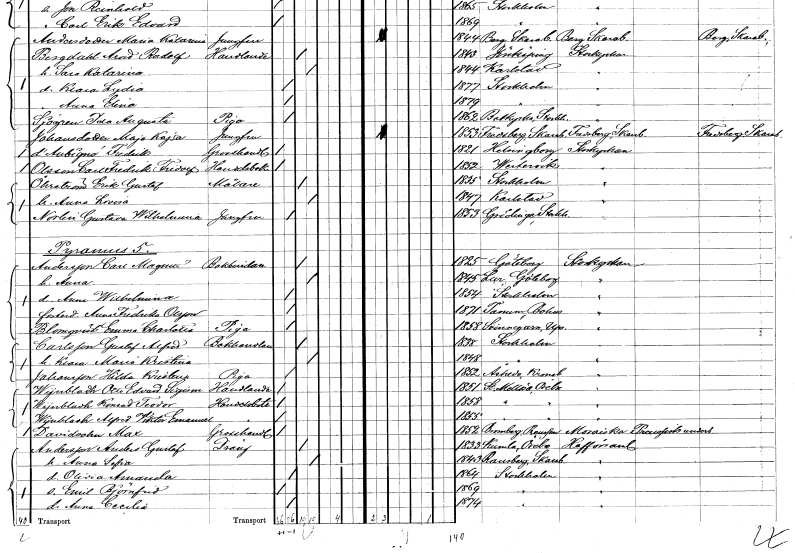
gt_parse: households: individuals: FN: Maja Kajsa
EN: Johansdotter
YRKE: Jungfru
KON: K
CIV: O
FODAR: 1853
FODFORS: Fredsberg Skaraborgs län
FN: Fredrik
EN: d´Aubigne
YRKE: Grosshandlare
KON: M
CIV: O
FODAR: 1821
FODFORS: Helsingborg Malmöhus län
FN: Carl Fredrik Fridolf
EN: Olsson
YRKE: Handelsbokhållare
KON: M
CIV: O
FODAR: 1852
FODFORS: Västervik Kalmar län
FN: Erik Gustaf
EN: Öhrström
YRKE: Målare
KON: M
CIV: G
FODAR: 1835
FODFORS: Stockholm
FN: Anna Lovisa
KON: K
CIV: G
FODAR: 1847
FODFORS: Karlstad Värmlands län
FN: Gustava Wilhelmina
EN: Norlin
YRKE: Jungfru
KON: K
CIV: O
FODAR: 1853
FODFORS: Grödinge Stockholms län
FN: Carl Magnus
EN: Andersson
YRKE: Bokbindare
KON: M
CIV: G
FODAR: 1825
FODFORS: Göteborg Göteborgs- och Bohuslän
FN: Anna
KON: K
CIV: G
FODAR: 1845
FODFORS: Lur Göteborgs- och Bohuslän
FN: Anna Wilhelmina
KON: K
CIV: O
FODAR: 1854
FODFORS: Stockholm
FN: Anna Fredrika
EN: Olsson
KON: K
CIV: O
FODAR: 1871
FODFORS: Tanum Göteborgs och Bohuslän
FN: Emma Charlotta
EN: Blomqvist
YRKE: Piga
KON: K
CIV: O
FODAR: 1858
FODFORS: Svinnegarn Uppsala län
FN: Gustaf Alfred
EN: Carlsson
YRKE: Bokhandlare
KON: M
CIV: G
FODAR: 1838
FODFORS: Stockholm
FN: Klara Maria Kristina
KON: K
CIV: G
FODAR: 1848
FODFORS: Stockholm
FN: Hilda Kristina
EN: Johansson
YRKE: Piga
KON: K
CIV: O
FODAR: 1852
FODFORS: Åseda Kronobergs län
FN: Otto Edvard Sigismund
EN: Wÿnbladh
YRKE: Handlande
KON: M
CIV: O
FODAR: 1851
FODFORS: Stora Mellösa Örebro län
FN: Konrad Teodor
EN: Wÿnbladh
YRKE: Handelsbiträde
KON: M
CIV: O
FODAR: 1858
FODFORS: Stora Mellösa Örebro län
FN: Alfred Viktor Emanuel
EN: Wÿnbladh
YRKE: Handelsbiträde
KON: M
CIV: O
FODAR: 1855
FODFORS: Stora Mellösa Örebro län
FN: Max
EN: Davidsohn
YRKE: Grosshandlare
KON: M
CIV: O
FODAR: 1852
FN: Anders Gustaf
EN: Andersson
YRKE: Dräng
KON: M
CIV: G
FODAR: 1833
FODFORS: Kumla Örebro län
FN: Anna Sofia
KON: K
CIV: G
FODAR: 1843
FODFORS: Ramsberg Örebro län
FN: Olivia Amanda
KON: K
CIV: O
FODAR: 1864
FODFORS: Stockholm
FN: Emil Björnfrid
KON: M
CIV: O
FODAR: 1869
FODFORS: Stockholm
FN: Anna Cecilia
KON: K
CIV: O
FODAR: 1874
FODFORS: Stockholm